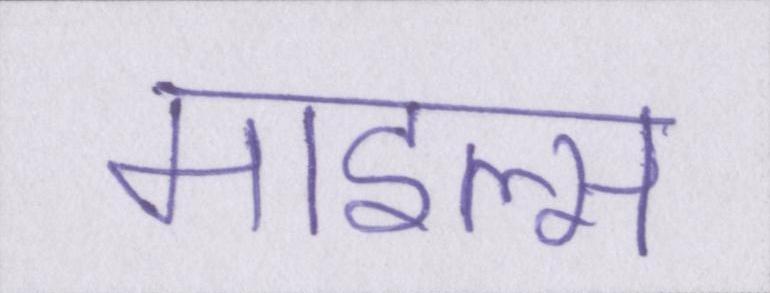
माइल्स